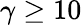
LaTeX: \gamma\ge 10